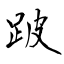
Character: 跛